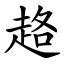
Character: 䞦